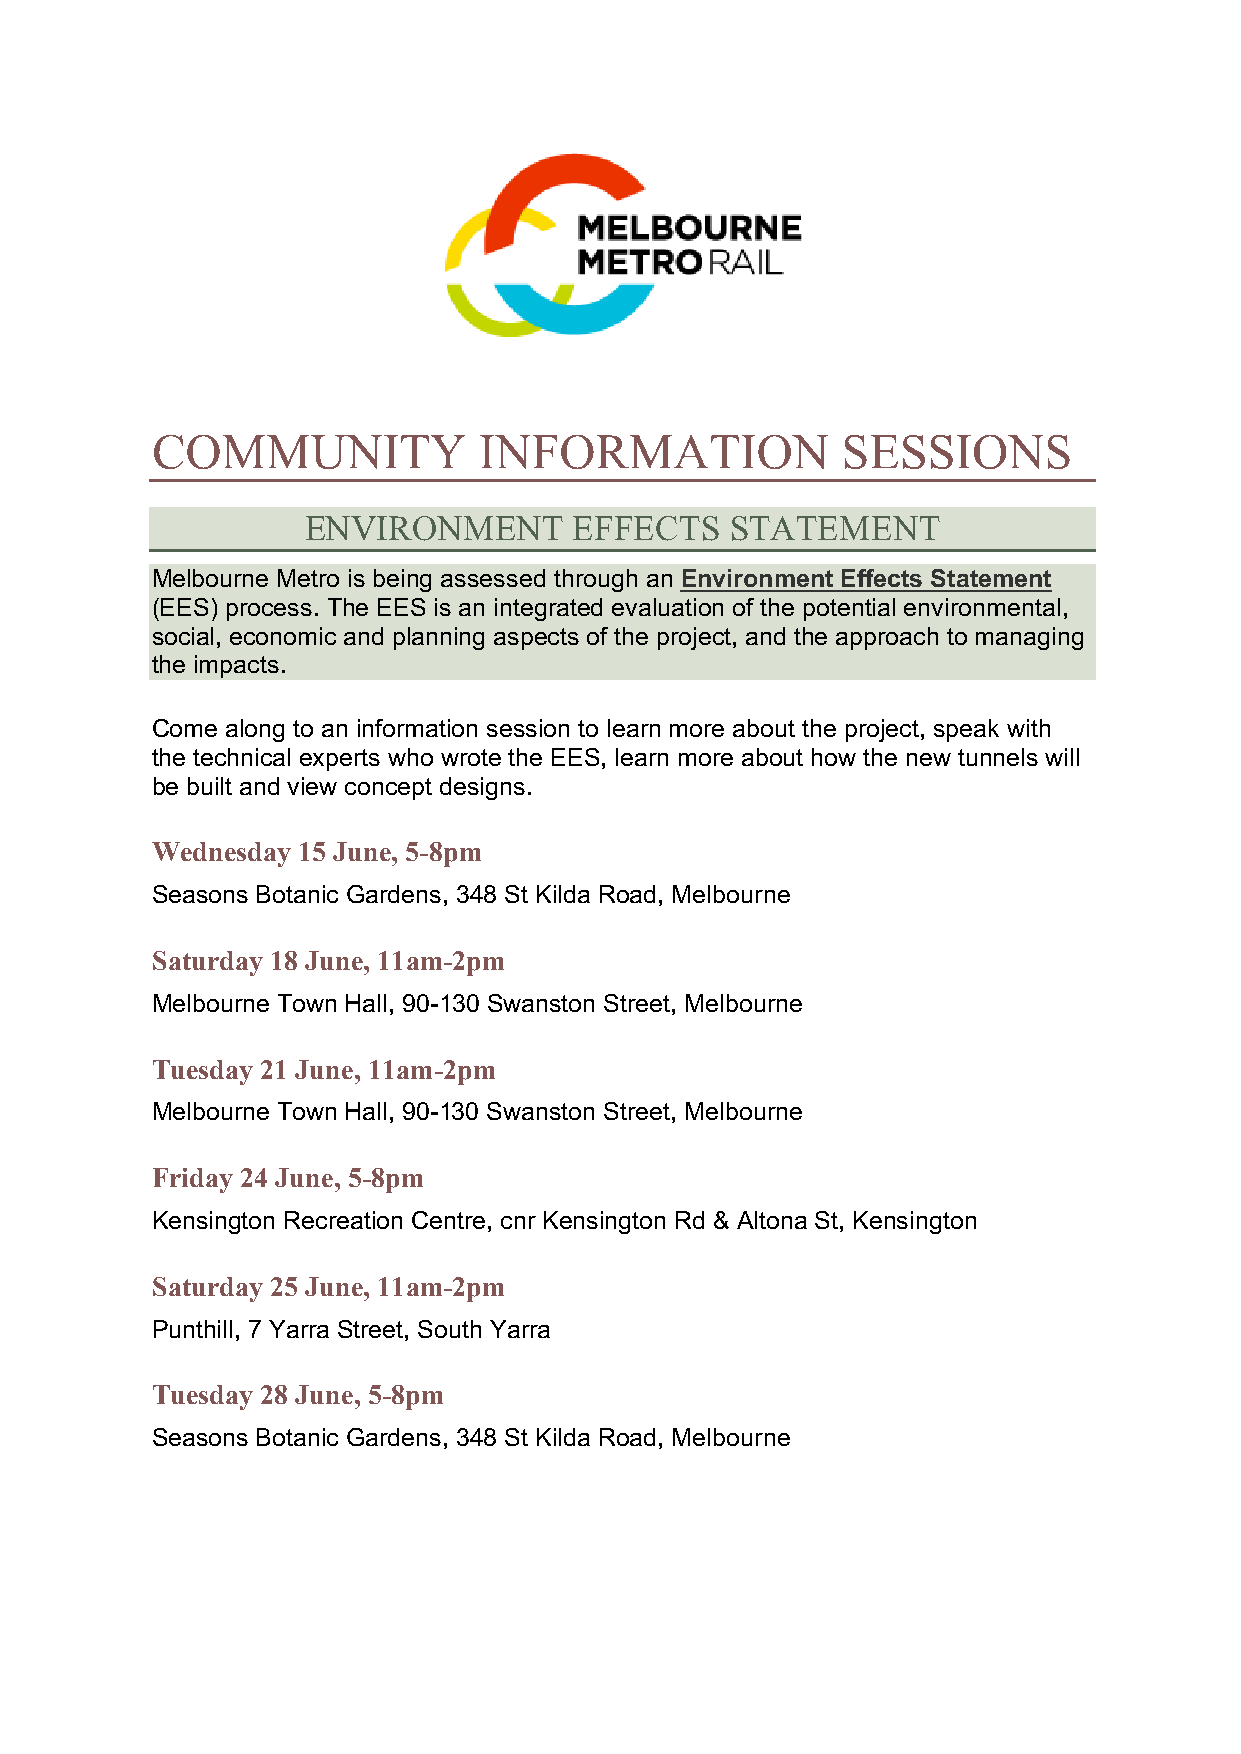
COMMUNITY             INFORMATION             SESSIONS
 ENVIRONMENT       EFFECTS   STATEMENT
 Melbourne Metro is being assessed through an Environment Effects Statement
 (EES) process. The EES is an integrated evaluation of the potential environmental,
 social, economic and planning aspects of the project, and the approach to managing
 the impacts.
 Come along to an information session to learn more about the project, speak with
 the technical experts who wrote the EES, learn more about how the new tunnels will
 be built and view concept designs.
 Wednesday 15 June, 5-8pm
 Seasons Botanic Gardens, 348 St Kilda Road, Melbourne
 Saturday 18 June, 11am-2pm
 Melbourne Town Hall, 90-130 Swanston Street, Melbourne
 Tuesday 21 June, 11am-2pm
 Melbourne Town Hall, 90-130 Swanston Street, Melbourne
 Friday 24 June, 5-8pm
 Kensington Recreation Centre, cnr Kensington Rd & Altona St, Kensington
 Saturday 25 June, 11am-2pm
 Punthill, 7 Yarra Street, South Yarra
 Tuesday 28 June, 5-8pm
 Seasons Botanic Gardens, 348 St Kilda Road, Melbourne